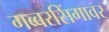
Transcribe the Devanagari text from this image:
गब्बरसिंगावर